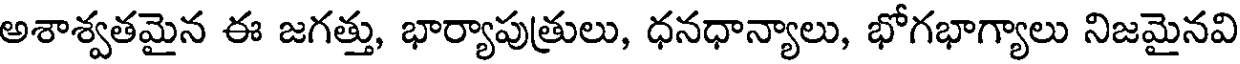
అశాశ్వతమైన ఈ జగత్తు, భార్యాపుత్రులు, ధనధాన్యాలు, భోగభాగ్యాలు నిజమైనవి